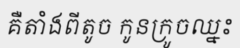
គឺតាំងពីតូច កូនក្រូចឈ្នះ